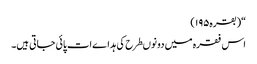
“(بقرہ۱۹۵)
اس فقرہ میں دونوںطرح کی ہداےات پائی جاتی ہیں۔